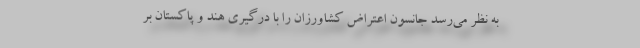
به نظر می‌رسد جانسون اعتراض کشاورزان را با درگیری هند و پاکستان بر